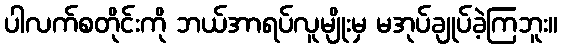
ပါလက်စတိုင်းကို ဘယ်အာရပ်လူမျိုးမှ မအုပ်ချုပ်ခဲ့ကြဘူး။